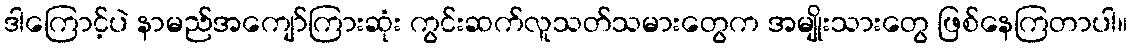
ဒါကြောင့်ပဲ နာမည်အကျော်ကြားဆုံး ကွင်းဆက်လူသတ်သမားတွေက အမျိုးသားတွေ ဖြစ်နေကြတာပါ။